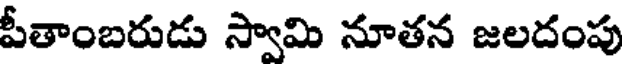
పీతాంబరుడు స్వామి నూతన జలదంపు